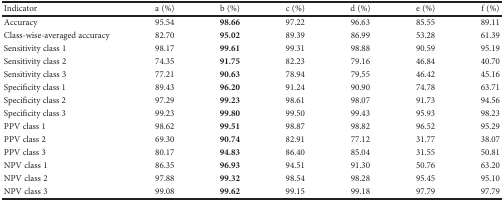
<table><thead><tr><td><b>Indicator</b></td><td><b>a (%)</b></td><td><b>b (%)</b></td><td><b>c (%)</b></td><td><b>d (%)</b></td><td><b>e (%)</b></td><td><b>f (%)</b></td></tr></thead><tbody><tr><td>Accuracy</td><td>95.54</td><td><b>98.66</b></td><td>97.22</td><td>96.63</td><td>85.55</td><td>89.11</td></tr><tr><td>Class-wise-averaged accuracy</td><td>82.70</td><td><b>95.02</b></td><td>89.39</td><td>86.99</td><td>53.28</td><td>61.39</td></tr><tr><td>Sensitivity class 1</td><td>98.17</td><td><b>99.61</b></td><td>99.31</td><td>98.88</td><td>90.59</td><td>95.19</td></tr><tr><td>Sensitivity class 2</td><td>74.35</td><td><b>91.75</b></td><td>82.23</td><td>79.16</td><td>46.84</td><td>40.70</td></tr><tr><td>Sensitivity class 3</td><td>77.21</td><td><b>90.63</b></td><td>78.94</td><td>79.55</td><td>46.42</td><td>45.16</td></tr><tr><td>Specificity class 1</td><td>89.43</td><td><b>96.20</b></td><td>91.24</td><td>90.90</td><td>74.78</td><td>63.71</td></tr><tr><td>Specificity class 2</td><td>97.29</td><td><b>99.23</b></td><td>98.61</td><td>98.07</td><td>91.73</td><td>94.56</td></tr><tr><td>Specificity class 3</td><td>99.23</td><td><b>99.80</b></td><td>99.50</td><td>99.43</td><td>95.93</td><td>98.23</td></tr><tr><td>PPV class 1</td><td>98.62</td><td><b>99.51</b></td><td>98.87</td><td>98.82</td><td>96.52</td><td>95.29</td></tr><tr><td>PPV class 2</td><td>69.30</td><td><b>90.74</b></td><td>82.91</td><td>77.12</td><td>31.77</td><td>38.07</td></tr><tr><td>PPV class 3</td><td>80.17</td><td><b>94.83</b></td><td>86.40</td><td>85.04</td><td>31.55</td><td>50.81</td></tr><tr><td>NPV class 1</td><td>86.35</td><td><b>96.93</b></td><td>94.51</td><td>91.30</td><td>50.76</td><td>63.20</td></tr><tr><td>NPV class 2</td><td>97.88</td><td><b>99.32</b></td><td>98.54</td><td>98.28</td><td>95.45</td><td>95.10</td></tr><tr><td>NPV class 3</td><td>99.08</td><td><b>99.62</b></td><td>99.15</td><td>99.18</td><td>97.79</td><td>97.79</td></tr></tbody></table>